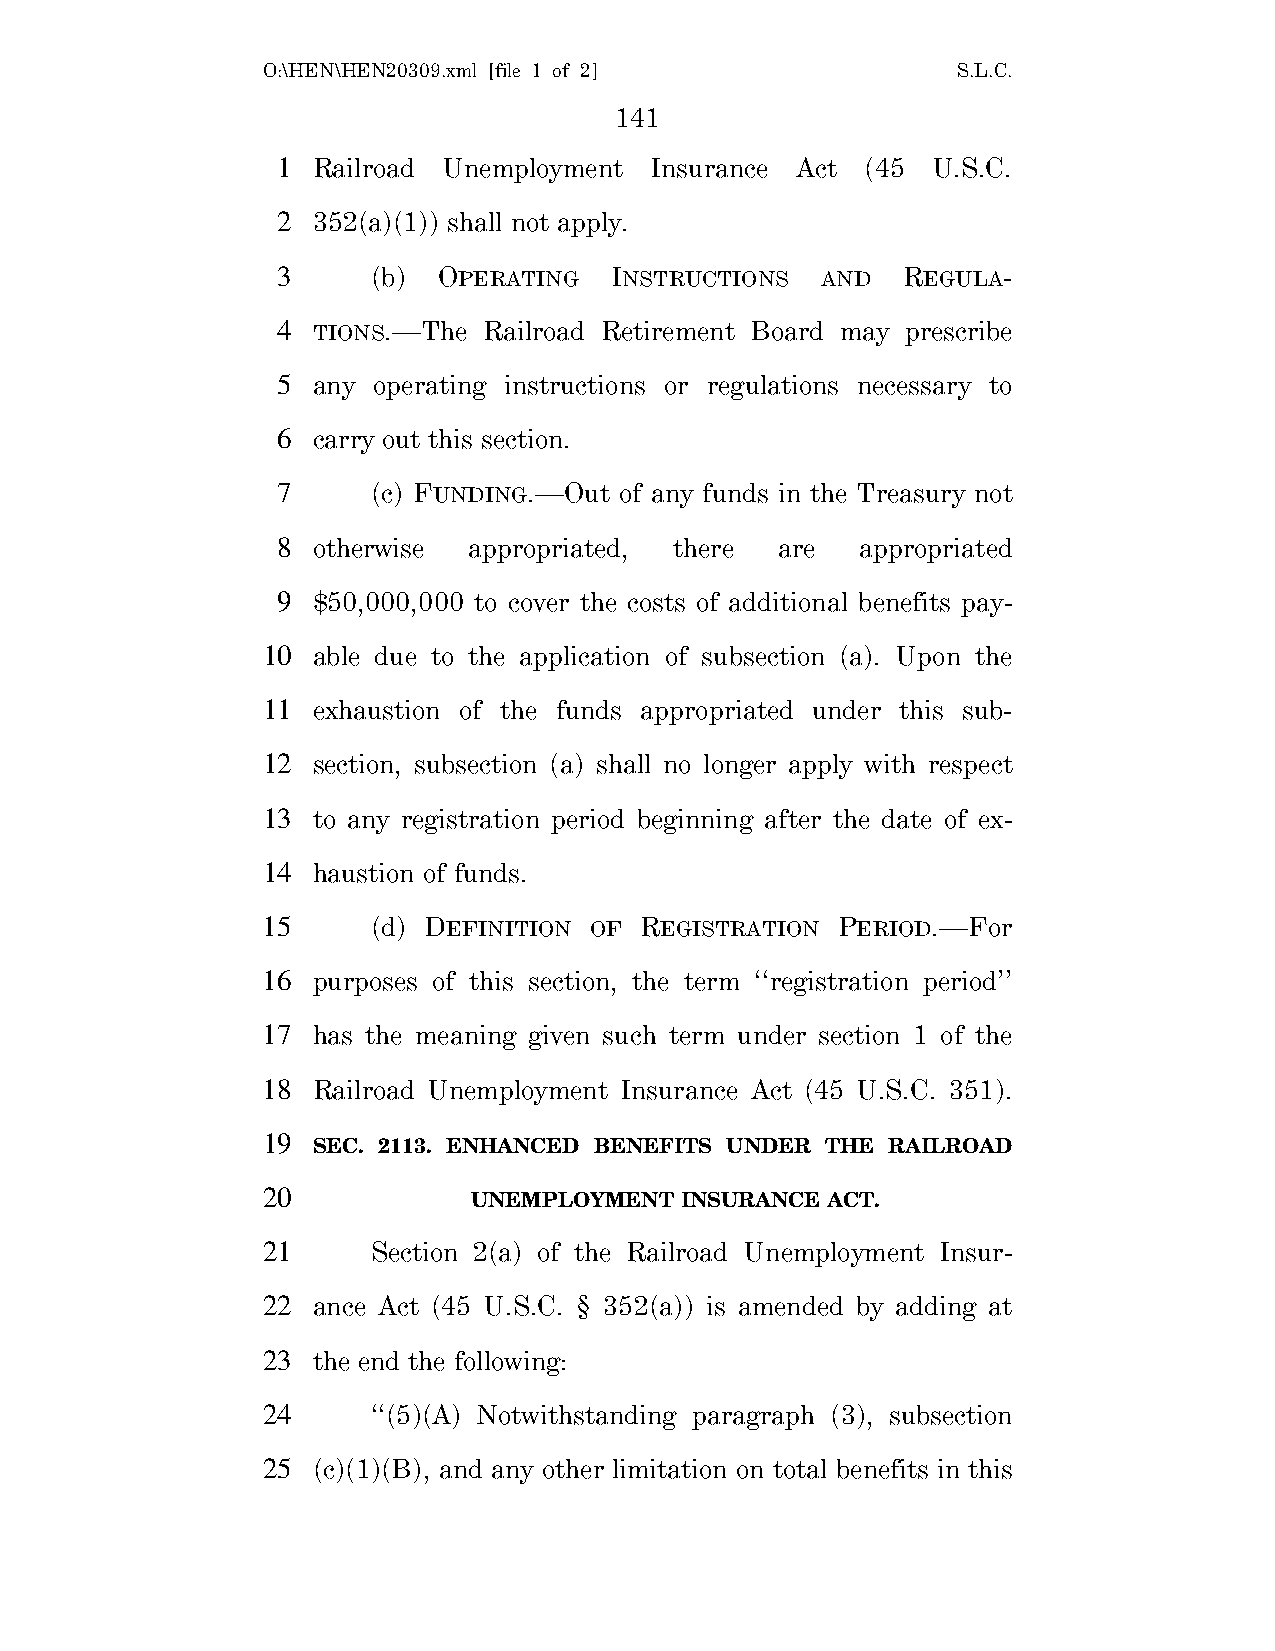
O:\HEN\HEN20309.xml [file 1 of 2]             S.L.C.
 141
 1  Railroad Unemployment Insurance Act (45  U.S.C.
 2  352(a)(1)) shall not apply.
 3      (b) OPERATING  INSTRUCTIONS  AND   REGULA-
 4  TIONS.—The Railroad Retirement Board may prescribe
 5  any operating instructions or regulations necessary to
 6  carry out this section.
 7      (c) FUNDING.—Out of any funds in the Treasury not
 8  otherwise appropriated, there  are  appropriated
 9  $50,000,000 to cover the costs of additional benefits pay-
 10  able due to the application of subsection (a). Upon the
 11  exhaustion of the funds appropriated under this sub-
 12  section, subsection (a) shall no longer apply with respect
 13  to any registration period beginning after the date of ex-
 14  haustion of funds.
 15      (d) DEFINITION OF REGISTRATION PERIOD.—For
 16  purposes of this section, the term ‘‘registration period’’
 17  has the meaning given such term under section 1 of the
 18  Railroad Unemployment Insurance Act (45 U.S.C. 351).
 19
 SEC. 2113. ENHANCED BENEFITS UNDER THE RAILROAD
 20
 UNEMPLOYMENT  INSURANCE ACT.
 21      Section 2(a) of the Railroad Unemployment Insur-
 22  ance Act (45 U.S.C. § 352(a)) is amended by adding at
 23  the end the following:
 24      ‘‘(5)(A) Notwithstanding paragraph (3), subsection
 25  (c)(1)(B), and any other limitation on total benefits in this